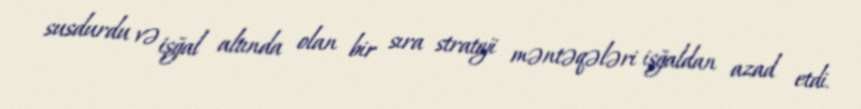
susdurdu və işğal altında olan bir sıra strateji məntəqələri işğaldan azad etdi.